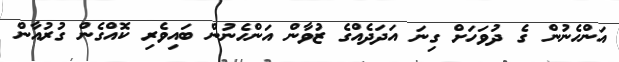
އަންހެނުން ގެ ދުވަހަށް ގިނަ އަދަދެއްގެ ޒުވާން އަންހެނުން ބައިވެރި ކޮއްގެން ގުރުއާން